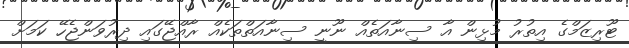
ޓޫރިޒަމްގެ އިތުރު މުޅިން އާ ސިނާއަތެއް ނޫނީ ސިނާއަތްތަކެއް ރާއްޖޭގައި ދިރުވަންޖެހޭ ކަމަށް